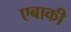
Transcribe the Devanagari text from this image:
एबाकी